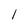
Character: I